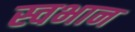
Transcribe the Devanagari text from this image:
स्वभान